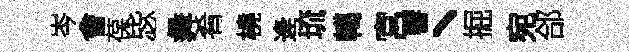
岑會葆毖彜肴橈逄琉轕宮響丶掘宛郃